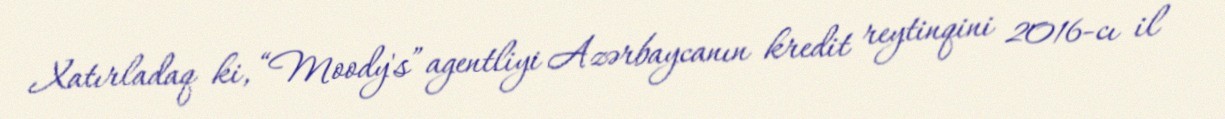
Xatırladaq ki, “Moody's” agentliyi Azərbaycanın kredit reytinqini 2016-cı il